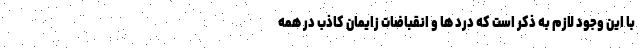
با این وجود لازم به ذکر است که درد ها و انقباضات زایمان کاذب در همه